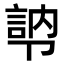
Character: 𭅾